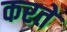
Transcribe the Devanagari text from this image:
करते